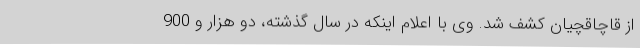
از قاچاقچیان کشف شد. وی با اعلام اینکه در سال گذشته، دو هزار و 900